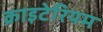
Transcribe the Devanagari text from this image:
क्राइटेरियम